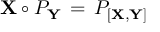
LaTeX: { \bf X } \circ { \cal P } _ { \bf Y } \, = \, { \cal P } _ { [ { \bf X } , { \bf Y } ] }